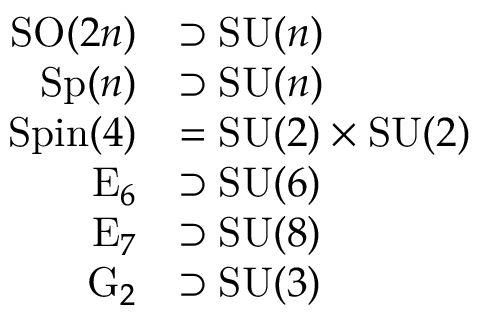
{ \begin{array} { r l } { \operatorname { S O } ( 2 n ) } & { \supset \operatorname { S U } ( n ) } \\ { \operatorname { S p } ( n ) } & { \supset \operatorname { S U } ( n ) } \\ { \operatorname { S p i n } ( 4 ) } & { = \operatorname { S U } ( 2 ) \times \operatorname { S U } ( 2 ) } \\ { \operatorname { E } _ { 6 } } & { \supset \operatorname { S U } ( 6 ) } \\ { \operatorname { E } _ { 7 } } & { \supset \operatorname { S U } ( 8 ) } \\ { \operatorname { G } _ { 2 } } & { \supset \operatorname { S U } ( 3 ) } \end{array} }